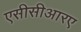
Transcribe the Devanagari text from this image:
एसीसीआरए